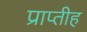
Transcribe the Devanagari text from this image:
प्राप्तीह